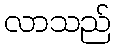
လာသည်